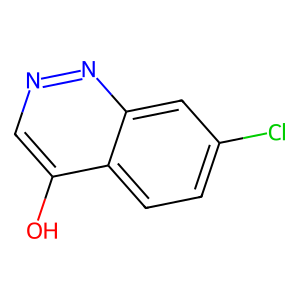
SMILES: Oc1cnnc2cc(Cl)ccc12
Inhibits HIV replication: No